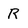
Character: R